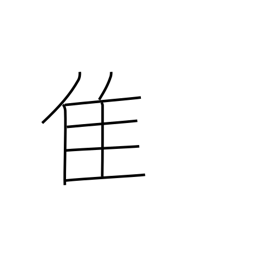
Meaning: old bird radical (no. 172)